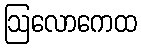
ဩလောကေထ